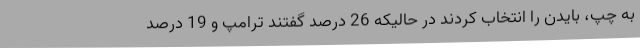
به چپ، بایدن را انتخاب کردند در حالیکه 26 درصد گفتند ترامپ و 19 درصد